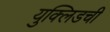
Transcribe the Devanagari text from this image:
युक्लिडची